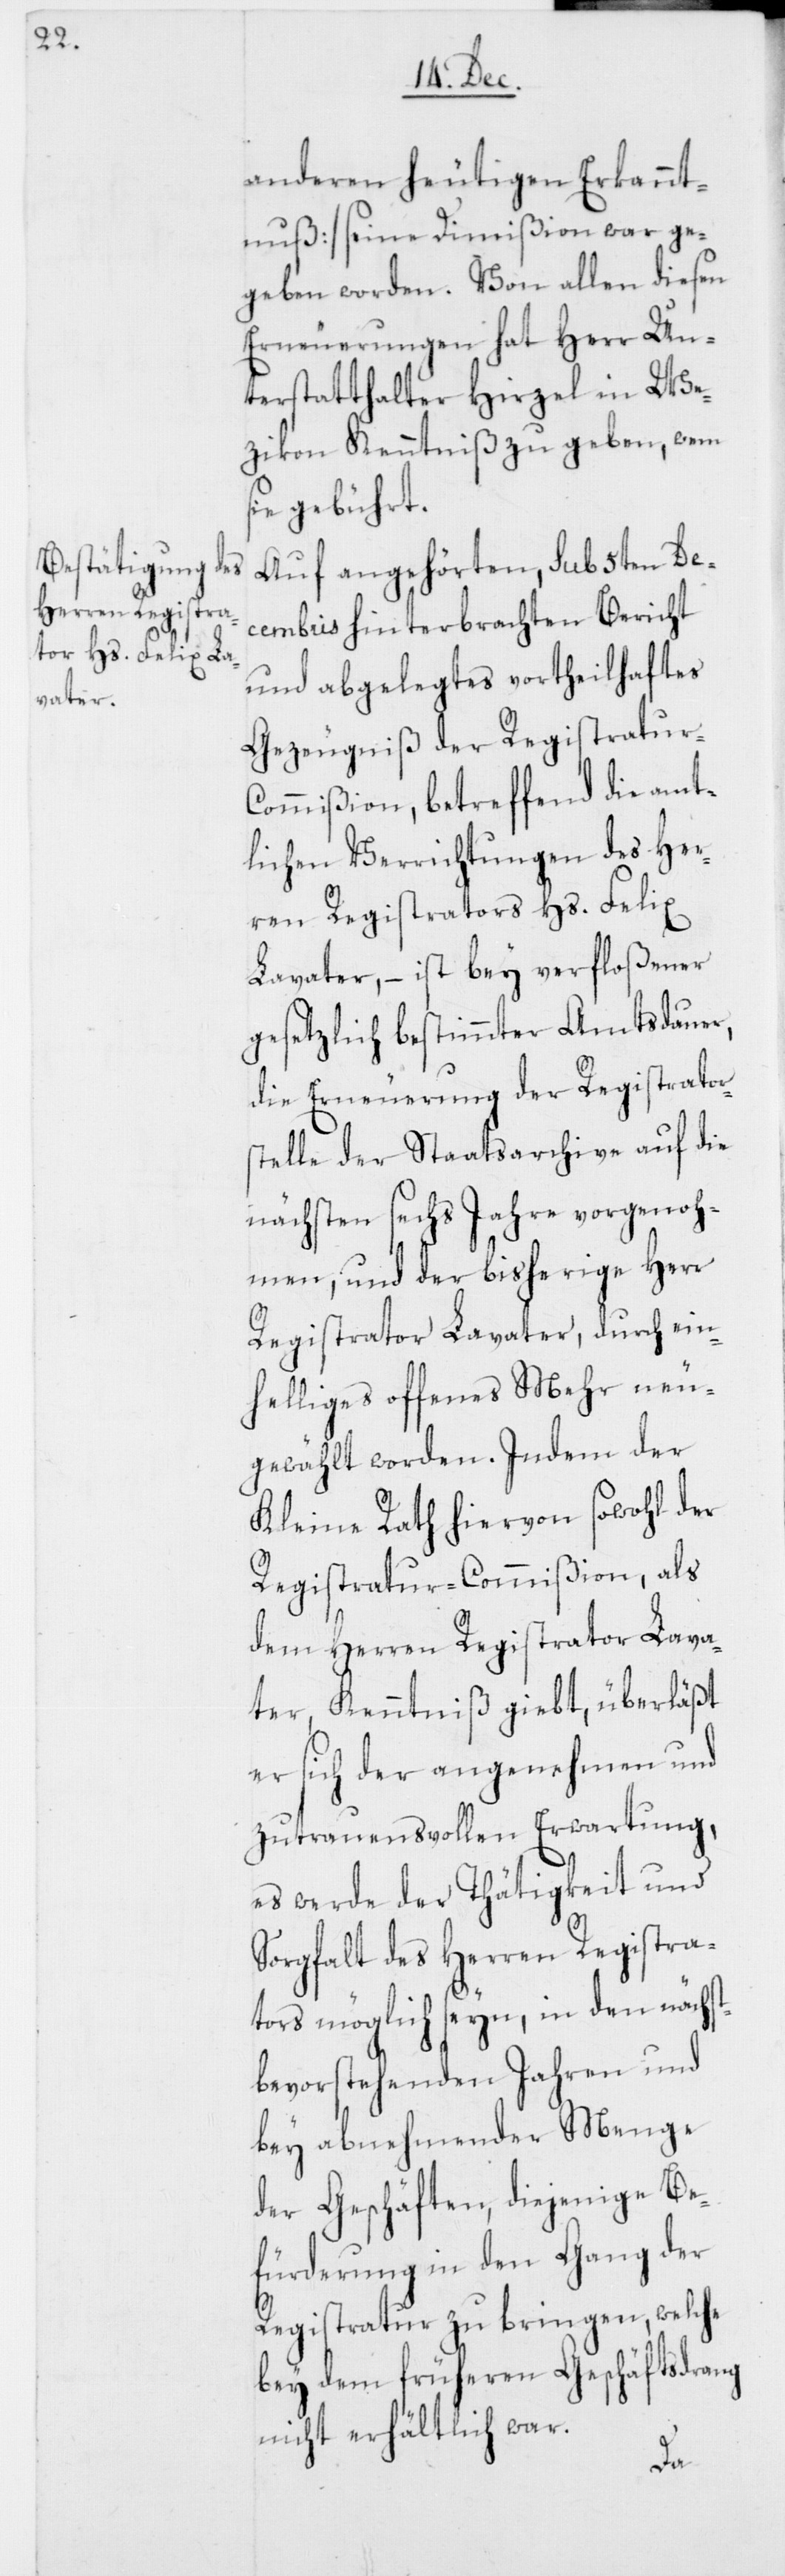
anderen heutigen Erkannt¬
nuß] seine Dimißion war ge¬
geben worden. Von allen diesen
Erneuerungen hat Herr Un¬
terstatthalter Hirzel in We¬
zikon Kenntniß zu geben, wem
sie gebührt.
Auf angehörten, sub 5ten De¬
cembris hinterbrachten Bericht
und abgelegtes vortheilhaftes
Gezeugniß der Registratur-C¬
ommißion, betreffend die amt¬
lichen Verrichtungen des Her¬
ren Registrators Hs. Felix
Lavater, – ist bey verfloßener
gesetzlich bestimmter Amtsdauer,
die Erneuerung der Registrator¬
stelle der Staatsarchive auf die
nächsten sechs Jahre vorgenoh¬
men, und der bisherige Herr
Registrator Lavater, durch ein¬
helliges offenes Mehr neu¬
gewählt worden. Indem der
Kleine Rath hiervon sowohl der
Registratur-Commißion, als
dem Herren Registrator Lava¬
ter, Kenntniß giebt, überläßt
er sich der angenehmen und
zutrauensvollen Erwartung,
es werde der Thätigkeit und
Sorgfalt des Herren Registra¬
tors möglich seyn, in den nächst¬
bevorstehenden Jahren und
bey abnehmender Menge
der Geschäften, diejenige Be¬
fürderung in den Gang der
Registratur zu bringen, welche
bey dem früheren Geschäftsdrang
nicht erhältlich war.